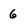
Character: 6